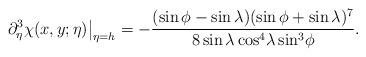
LaTeX: \begin{align*}\partial_\eta^3 \chi(x,y;\eta)\big|_{\eta=h}=-\frac{(\sin\phi-\sin\lambda)(\sin\phi+\sin\lambda)^7}{8\sin\lambda\cos{\!}^4\lambda\sin{\!}^3\phi}.\end{align*}